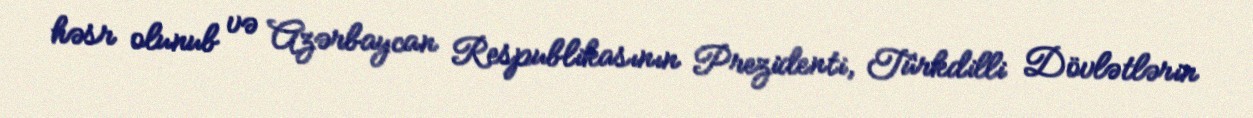
həsr olunub və Azərbaycan Respublikasının Prezidenti, Türkdilli Dövlətlərin